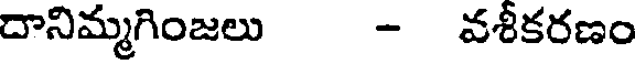
దానిమ్మగింజలు - వశీకరణం